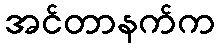
အင်တာနက်က